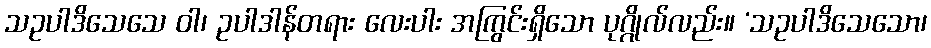
သဥပါဒိသေသေ ဝါ၊ ဥပါဒါန်တရား လေးပါး အကြွင်းရှိသော ပုဂ္ဂိုလ်လည်း။ ‘သဥပါဒိသေသော၊